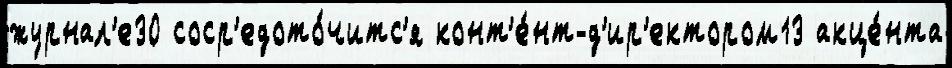
журнал'е30 соср'едото́читс'я конт'е́нт-д'ир'ектором13 акце́нта